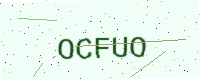
Text: OCFUO